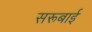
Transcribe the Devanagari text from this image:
सरूबाई